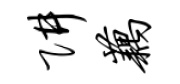
阱藕